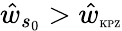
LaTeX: \hat{w}_{s_{0}}>\hat{w}_{\mathrm{\tiny KPZ}}